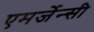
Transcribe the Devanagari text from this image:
एमर्जेन्सी